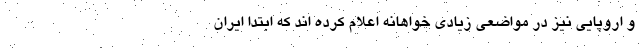
و اروپایی نیز در مواضعی زیادی خواهانه اعلام کرده اند که ابتدا ایران